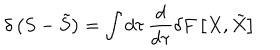
\delta \left( S - \tilde { S } \right) = \int d \tau \, \frac { d } { d \tau } \delta F \left[ X , \tilde { X } \right]